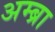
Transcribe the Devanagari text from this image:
अम्ब्रा